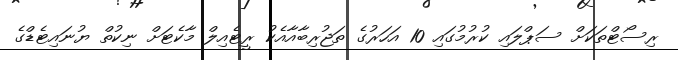
ރިސޯޓްތަކަށް ސަޕްލައި ކުރުމުގައި 10 އަހަރުގެ ތަޖުރިބާއާއެކު ރީޓެއިލް މާކެޓަށް ނިކުތް ޔުނައިޓެޑްގެ